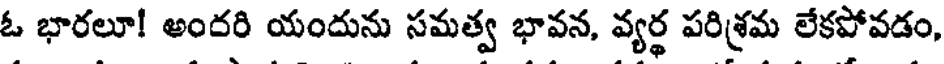
ఓ భారలూ! అందరి యందును సమత్వ భావన, వ్యర్థ పరిశ్రమ లేకపోవడం,